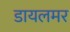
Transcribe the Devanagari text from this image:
डायलमर